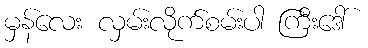
မှန်လေး လှမ်းလိုက်စမ်းပါ ကြီးဒေါ်